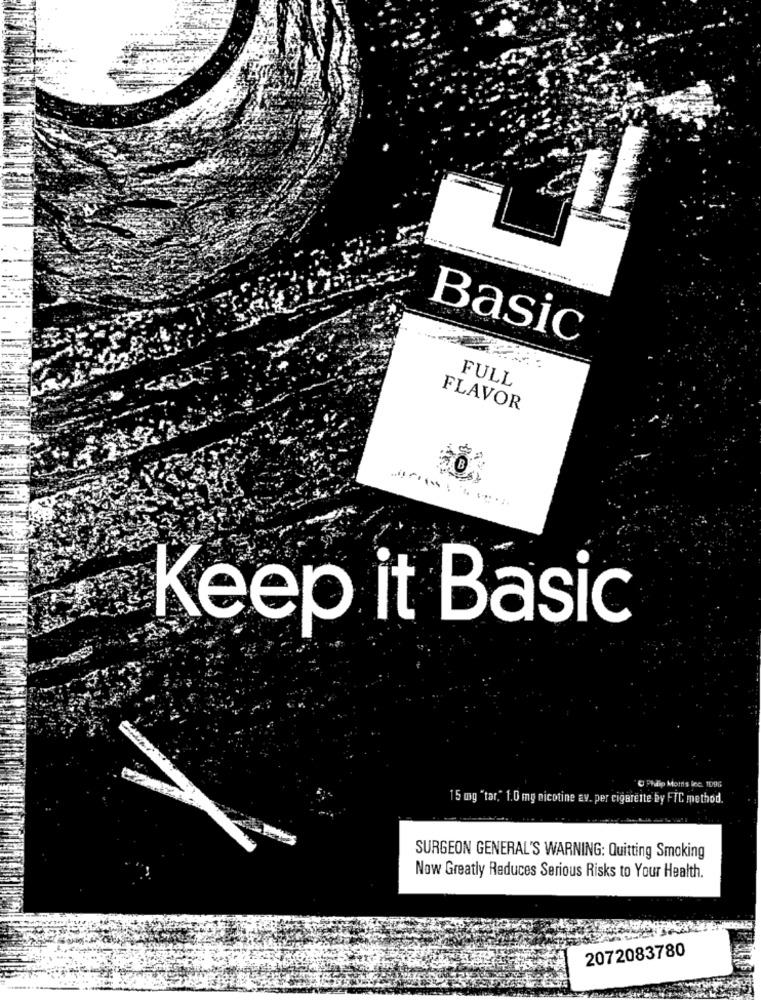
Basic
FULL
FLAVOR
Keep it Basic
O Philip Morris Ine. 1096
15 mg "tar," 1.0 mg nicotine av. per cigarette by FIC method.
SURGEON GENERAL'S WARNING: Quitting Smoking
Now Greatly Reduces Serious Risks to Your Health.
2072083780